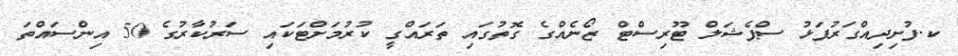
ކ.ފުށިދިއްގަރުފަޅު ސްޕެޝަލް ޓޫރިސްޓް ޒޯނެއްގެ ގޮތުގައި ތަރައްގީ ކުރުމަށްޓަކައި ސަރުކާރުގެ 50 އިންސައްތަ